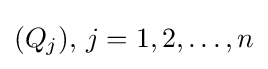
(Q_{j}),\,j=1,2,\ldots ,n